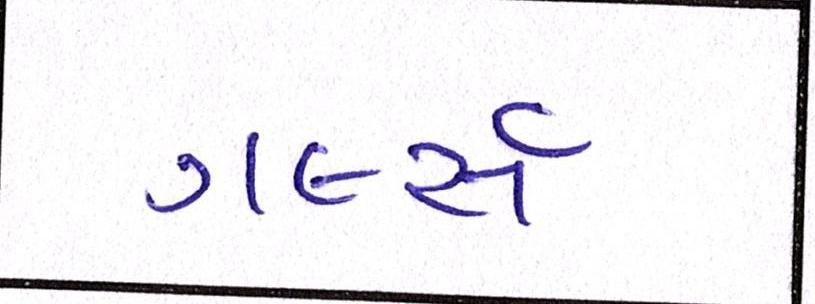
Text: ગર્લ્સ